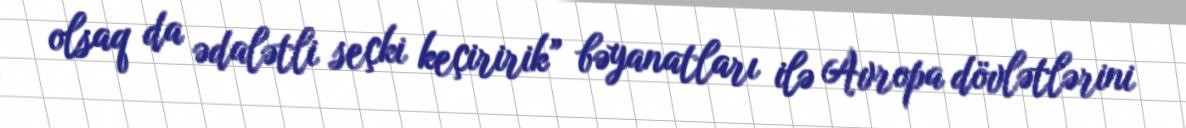
olsaq da ədalətli seçki keçiririk” bəyanatları ilə Avropa dövlətlərini